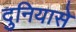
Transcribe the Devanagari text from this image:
दुनियासे